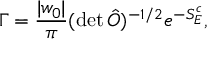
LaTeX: \Gamma = { \frac { | w _ { 0 } | } { \pi } } ( \operatorname * { d e t } \hat { O } ) ^ { - 1 / 2 } e ^ { - S _ { E } ^ { c } } ,